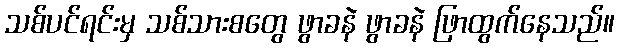
သစ်ပင်ရင်းမှ သစ်သားစတွေ ဖွာခနဲ ဖွာခနဲ ဖြာထွက်နေသည်။